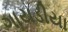
ગાયડીયા